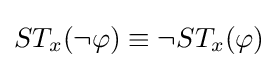
ST_{x}(\neg \varphi )\equiv \neg ST_{x}(\varphi )